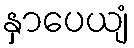
နှာပေယျံ